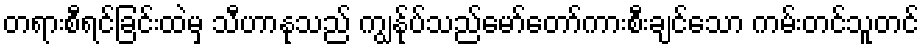
တရားစီရင်ခြင်းထဲမှ သီဟာနုသည် ကျွန်ုပ်သည်မော်တော်ကားစီးချင်သော ကမ်းတင်သူတင်